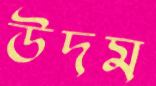
উদম